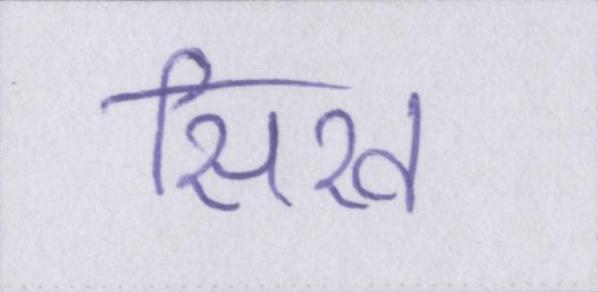
सिख